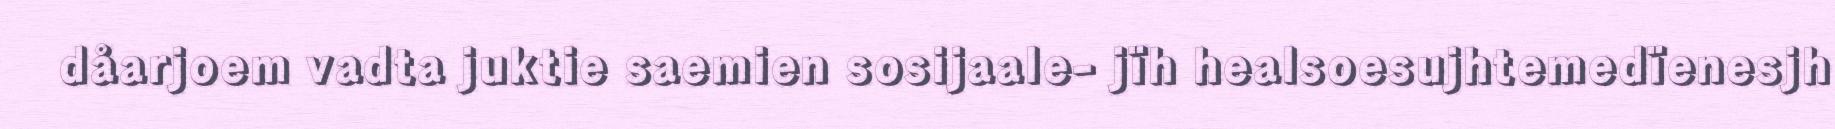
dåarjoem vadta juktie saemien sosijaale- jïh healsoesujhtemedïenesjh